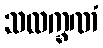
သလက္ခဏံ